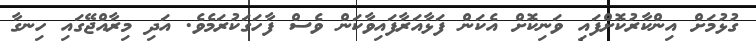
ގުޅުމަށް އިންކާރުކޮށްފައި ވަނިކޮށް އެކަން ފަޅާއަރާފައިވާކަން ވެސް ފާހަގަކުރަމެވެ. އަދި މިރާއްޖޭގައި ހިނގާ